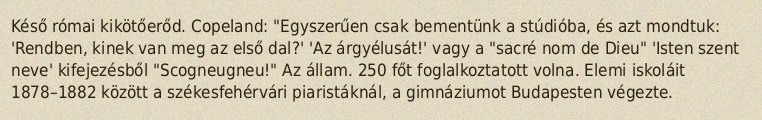
Késő római kikötőerőd. Copeland: "Egyszerűen csak bementünk a stúdióba, és azt mondtuk: 'Rendben, kinek van meg az első dal?' 'Az árgyélusát!' vagy a "sacré nom de Dieu" 'Isten szent neve' kifejezésből "Scogneugneu!" Az állam. 250 főt foglalkoztatott volna. Elemi iskoláit 1878–1882 között a székesfehérvári piaristáknál, a gimnáziumot Budapesten végezte.